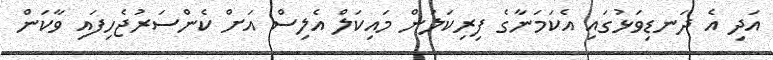
އަދި އެ ދަނޑިވަޅުގައި އެކަމަނާގެ ފިރިކަލުން މައިކަލް އެލިސް އަށް ކެންސަރުޖެހިފައި ވާކަން